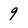
Character: 9